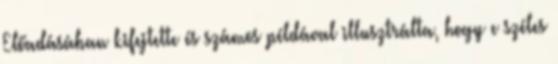
Előadásában kifejtette és számos példával illusztrálta, hogy e széles